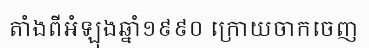
តាំងពីអំឡុងឆ្នាំ១៩៩០ ក្រោយចាកចេញ